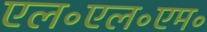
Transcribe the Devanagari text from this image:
एल॰एल॰एम॰